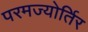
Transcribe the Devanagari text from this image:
परमज्‍योर्तिर